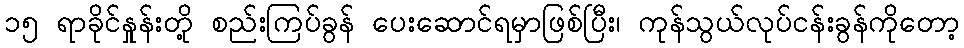
၁၅ ရာခိုင်နှုန်းတို့ စည်းကြပ်ခွန် ပေးဆောင်ရမှာဖြစ်ပြီး၊ ကုန်သွယ်လုပ်ငန်းခွန်ကိုတော့